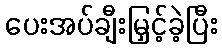
ပေးအပ်ချီးမြှင့်ခဲ့ပြီး